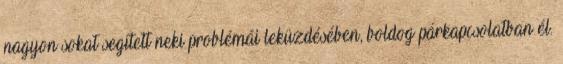
nagyon sokat segített neki problémái leküzdésében, boldog párkapcsolatban él.